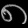
Digit: ၈